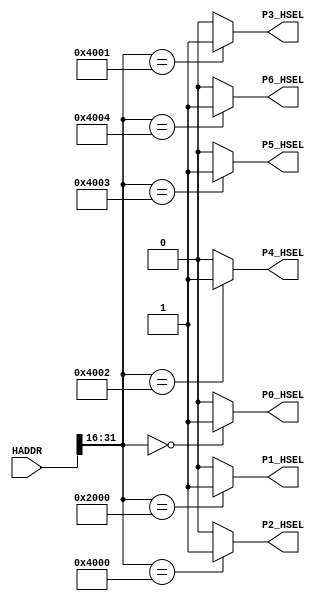
module AHBlite_Decoder
#(
    /*RAMCODE enable parameter*/
    parameter Port0_en = 1,
    /************************/

    /*WaterLight enable parameter*/
    parameter Port1_en = 1,
    /************************/

    /*RAMDATA enable parameter*/
    parameter Port2_en = 1,
    /************************/

    /*UART enable parameter*/
    parameter Port3_en = 1,
    /************************/

    /*GPIO enable parameter*/
    parameter Port4_en = 1,

    /*SDcard enable parameter*/
    parameter Port5_en = 1,
    /************************/

    /*SDcard enable parameter*/
    parameter Port6_en = 1
    /************************/
)(
    input [31:0] HADDR,

    /*RAMCODE OUTPUT SELECTION SIGNAL*/
    output wire P0_HSEL,

    /*WaterLight OUTPUT SELECTION SIGNAL*/
    output wire P1_HSEL,

    /*RAMDATA OUTPUT SELECTION SIGNAL*/
    output wire P2_HSEL,

    /*UART OUTPUT SELECTION SIGNAL*/
    output wire P3_HSEL,

    /*GPIO OUTPUT SELECTION SIGNAL*/
    output wire P4_HSEL,

    /*SDcard OUTPUT SELECTION SIGNAL*/
    output wire P5_HSEL,

    /*ISP OUTPUT SELECTION SIGNAL*/
    output wire P6_HSEL
);

//RAMCODE-----------------------------------

//0x00000000-0x0000ffff
/*Insert RAMCODE decoder code there*/
assign P0_HSEL = (HADDR[31:16] == 16'h0000) ? Port0_en : 1'b0; 
/***********************************/

//RAMDATA-----------------------------

//0X20000000-0X2000FFFF
/*Insert RAMDATA decoder code there*/
assign P1_HSEL = (HADDR[31:16] == 16'h2000) ? Port1_en : 1'b0;
/***********************************/

//PERIPHRAL-----------------------------

//0X40000000 WaterLight MODE
//0x40000004 WaterLight SPEED
/*Insert WaterLight decoder code there*/
assign P2_HSEL = (HADDR[31:16] == 16'h4000) ? Port2_en : 1'b0;
/***********************************/

//0X40000010 UART RX DATA
//0X40000014 UART TX STATE
//0X40000018 UART TX DATA
/*Insert UART decoder code there*/
assign P3_HSEL = (HADDR[31:16] == 16'h4001) ? Port3_en : 1'b0;
/***********************************/

//0x40000028 OUT  ENABLE
//0X40000024 IN DATA
//0X40000020 OUT DATA
/*Insert GPIO decoder code there*/
assign P4_HSEL = (HADDR[31:16] == 28'h4002) ? Port4_en : 1'd0;
/***********************************/

//0x4000003c reserve
//0x40000038 reserve
//0X40000034 reserve
//0X40000030 reserve
/*Insert SDcard decoder code there*/
assign P5_HSEL = (HADDR[31:16] == 16'h4003) ? Port5_en : 1'd0;
/***********************************/

//0x4000004c reserve
//0x40000048 reserve
//0X40000044 reserve
//0X40000040 reserve
/*Insert ISP decoder code there*/
assign P6_HSEL = (HADDR[31:16] == 16'h4004) ? Port6_en : 1'd0;
/***********************************/

endmodule